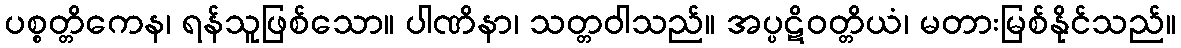
ပစ္စတ္တိကေန၊ ရန်သူဖြစ်သော။ ပါဏိနာ၊ သတ္တဝါသည်။ အပ္ပဋိဝတ္တိယံ၊ မတားမြစ်နိုင်သည်။